Lunatic asylums Burma 1922-24 - 1922-1924
Year: 1922
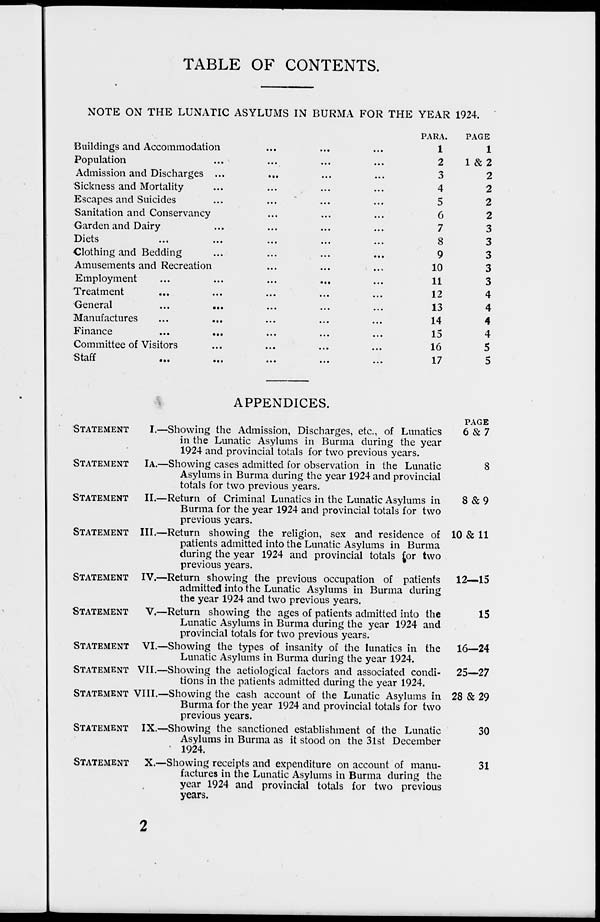
TABLE OF CONTENTS.
NOTE ON THE LUNATIC ASYLUMS IN BURMA FOR THE YEAR 1924.
Buildings and Accommodation ... ... ...
Population ... ... ... ...
Admission and Discharges ... ... ... ...
Sickness and Mortality ... ... ... ...
Escapes and Suicides ... ... ... ...
Sanitation and Conservancy ... ... ...
Garden and Dairy ... ... ... ...
Diets
...
...
...
...
...
Clothing and Bedding ... ... ... ...
Amusements and Recreation ... ... ...
Employment ... ... ... ... ...
Treatment ... ... ... ... ...
General
...
...
...
...
...
Manufactures
...
... ... ... ...
Finance
...
...
...
...
...
Committee of Visitors ... ... ... ...
Staff
...
...
...
...
...
PARA.
1
2
3
4
5
6
7
8
9
10
11
12
13
14
15
16
17
PAGE.
1
1 & 2
2
2
2
2
3
3
3
3
3
4
4
4
4
5
5
APPENDICES.
STATEMENT I.—
STATEMENT IA.—
STATEMENT II.—
STATEMENT III.—
STATEMENT IV.—
STATEMENT V.—
STATEMENT VI.—
STATEMENT VII.—
STATEMENTt VIII.—
STATEMENT IX.—
STATEMENT X.—
Showing the Admission, Discharges, etc., of Lunatics
in the Lunatic Asylums in Burma during the year
1924 and provincial totals for two previous years.
Showing cases admitted for observation in the Lunatic
Asylums in Burma during the year 1924 and provincial
totals for two previous years.
Return of Criminal Lunatics in the Lunatic Asylums in
Burma for the year 1924 and provincial totals for two
previous years.
Return showing the religion, sex and residence of
patients admitted into the Lunatic Asylums in Burma
during the year 1924 and provincial totals for two
previous years.
Return showing the previous occupation of patients
admitted into the Lunatic Asylums in Burma during
the year 1924 and two previous years.
Return showing the ages of patients admitted into the
Lunatic Asylums in Burma during the year 1924 and
provincial totals for two previous years.
Showing the types of insanity of the lunatics in the
Lunatic Asylums in Burma during the year 1924.
Showing the ætiological factors and associated condi-
tions in the patients admitted during the year 1924.
Showing the cash account of the Lunatic Asylums in
Burma for the year 1924 and provincial totals for two
previous years.
Showing the sanctioned establishment of the Lunatic
Asylums in Burma as it stood on the 31st December
1924.
Showing receipts and expenditure on account of manu-
factures in the Lunatic Asylums in Burma during the
year 1924 and provincial totals for two previous
years.
PAGE
6&7
8
8&9
10 & 11
12—15
15
16—24
25—27
28&29
30
31
2